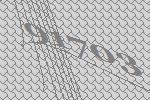
91703